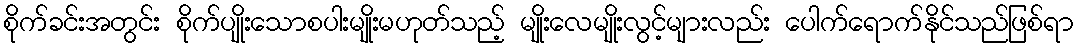
စိုက်ခင်းအတွင်း စိုက်ပျိုးသောစပါးမျိုးမဟုတ်သည့် မျိုးလေမျိုးလွင့်များလည်း ပေါက်ရောက်နိုင်သည်ဖြစ်ရာ